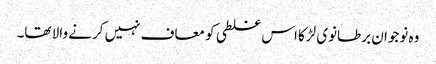
وہ نوجوان برطانوی لڑکا اس غلطی کو معاف نہیں کرنے والا تھا۔